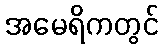
အမေရိကတွင်